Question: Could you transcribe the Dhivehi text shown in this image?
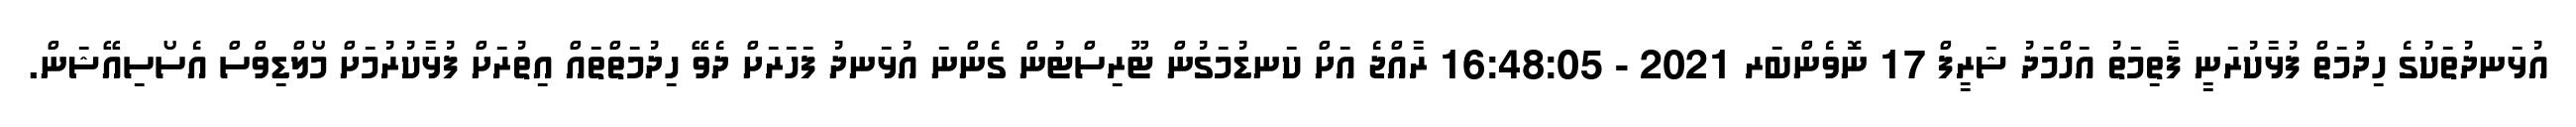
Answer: އުޅަނދުތަކުގެ ހިދުމަތް ފުޅާކުރަނީ ފާތިމަތު އަހްމަދު ޝަރީފް 17 ނޮވެންބަރ 2021 - 16:48:05 ރާއްޖެ އަށް ކަނޑުމަގުން ޓޫރިސްޓުން ގެންނަ އުޅަނދު ފަހަރަށް ދެވޭ ހިދުމަތްތައް އިތުރަށް ފުޅާކުރުމަށް މޯލްޑިވްސް އެސޯސިއޭޝަން.